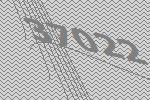
37022